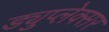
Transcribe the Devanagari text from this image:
ड्युप्लेक्सर